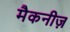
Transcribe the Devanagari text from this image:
मैकनीज़